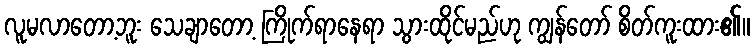
လူမလာတော့ဘူး သေချာတော့ ကြိုက်ရာနေရာ သွားထိုင်မည်ဟု ကျွန်တော် စိတ်ကူးထား၏။